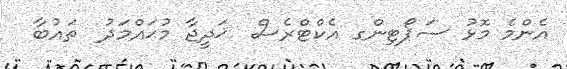
އެންމެ މޮޅު ސަޕޯޓިންގ އެކްޓްރެސް  ޚަދީޖާ މުޙައްމަދު  ތައުބާ